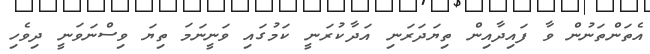
އެތަންތަނުން ވާ ފައިދާއިން ތިޔަދަރަނި އަދާކުރަނީ ކަމުގައި ވަނީނަމަ ތިޔަ ވިސްނަވަނީ ދިވެހި